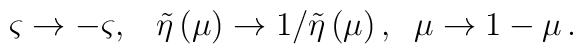
\varsigma \rightarrow -\varsigma ,{\LARGE \ \;}\tilde{\eta}\left( \mu\right) \rightarrow 1/\tilde{\eta}\left( \mu \right) ,\;\;\mu \rightarrow1-\mu \,.